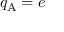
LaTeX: q _ { \mathrm { A } } = e